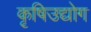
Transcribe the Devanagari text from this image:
कृषिउद्योग